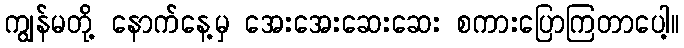
ကျွန်မတို့ နောက်နေ့မှ အေးအေးဆေးဆေး စကားပြောကြတာပေါ့။